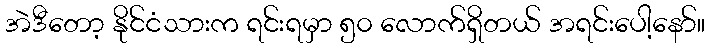
အဲဒီတော့ နိုင်ငံသားက ရင်းရမှာ ၅၀ လောက်ရှိတယ် အရင်းပေါ့နော်။